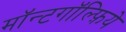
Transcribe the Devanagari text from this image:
मॉन्टगॉल्फ़िये